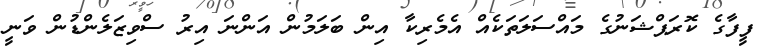
ފީފާގެ ކޮރަޕްޝަނުގެ މައްސަލަތަކެއް އެމެރިކާ އިން ބަލަމުން އަންނަ އިރު ސްވިޒަލެންޑުން ވަނީ